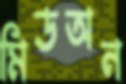
মিডঅন